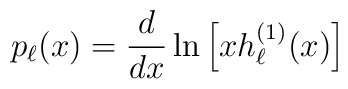
p_\ell(x)=\frac{d}{dx} \ln \left[ xh_\ell^{(1)}(x)\right]